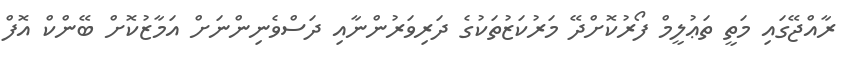
ރާއްޖޭގައި މަތީ ތަޢުލީމް ފޯރުކޮށްދޭ މަރުކަޒުތަކުގެ ދަރިވަރުންނާއި ދަސްވެނިންނަށް އަމާޒުކޮށް ބޭންކް އޮފް